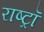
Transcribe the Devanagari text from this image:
राष्ट्रॉ